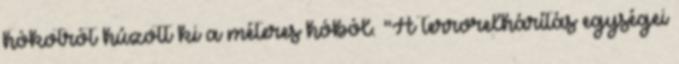
hókotrót húzott ki a méteres hóból. "A terrorelhárítás egységei